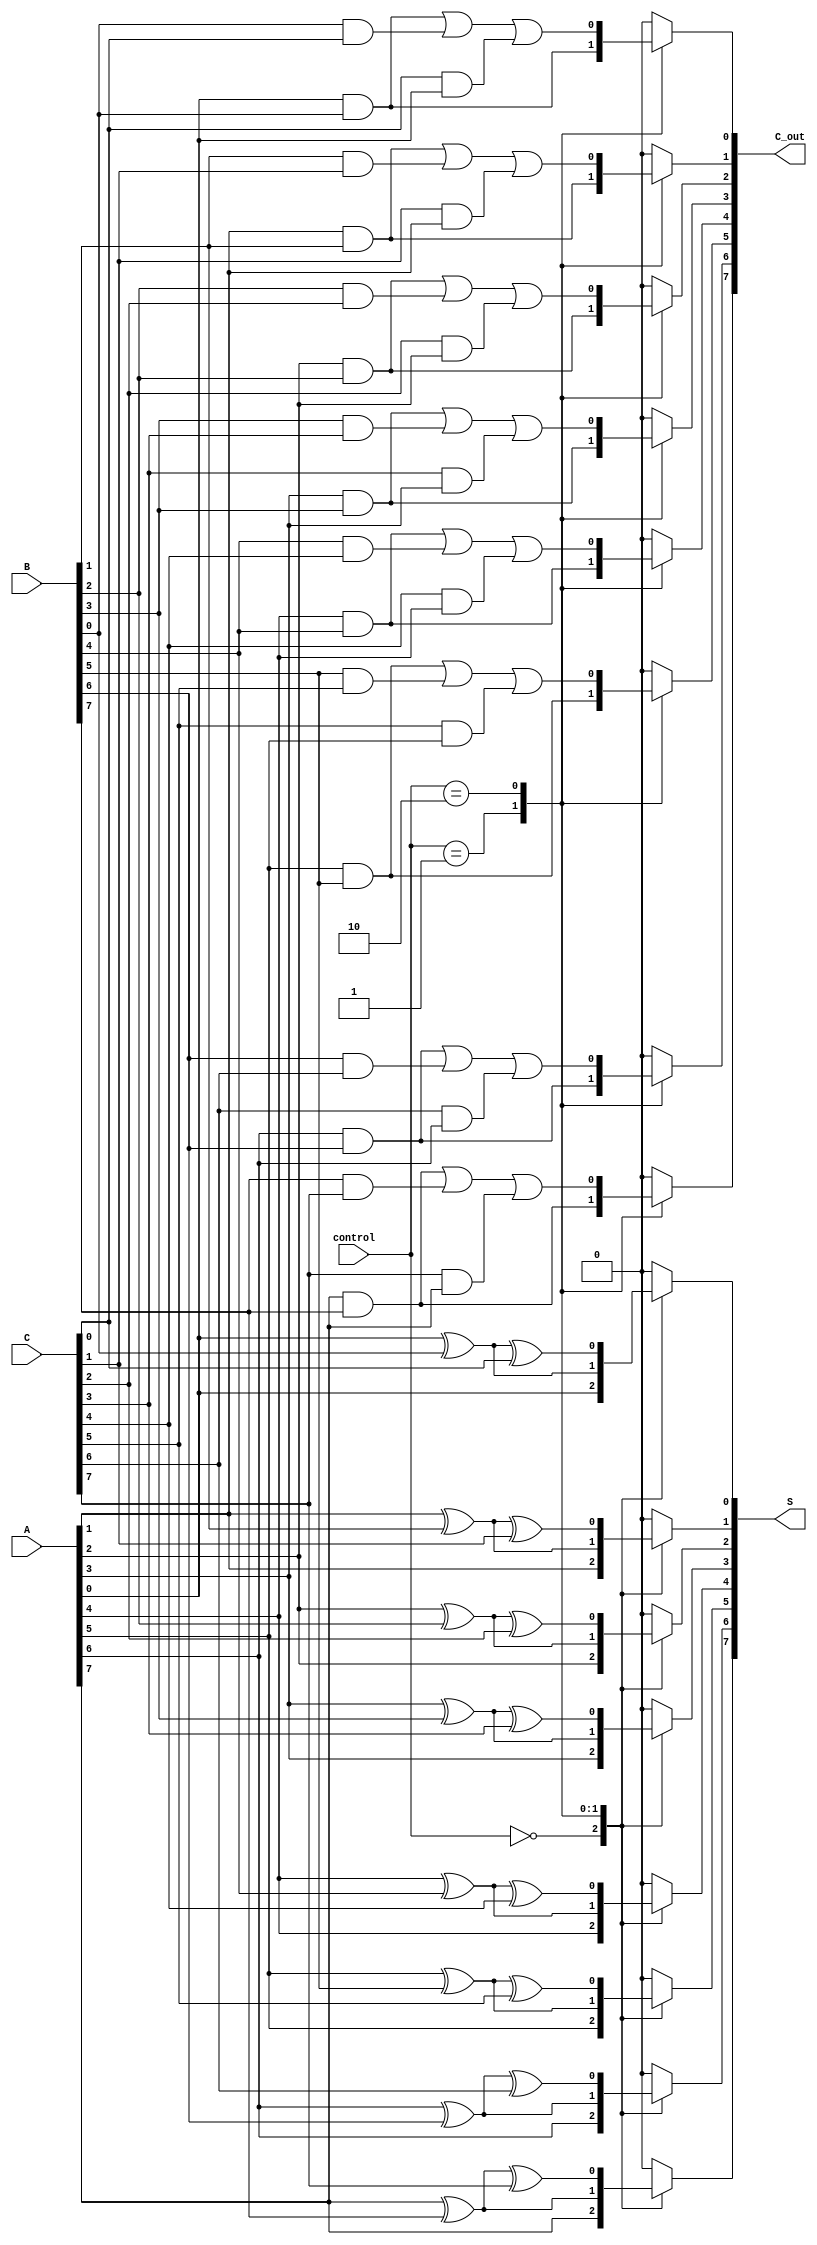
module CarrySaveAdder #(
    parameter N = 8 // Bit-width of the operands
)(
    input [N-1:0] A, // First operand
    input [N-1:0] B, // Second operand
    input [N-1:0] C, // Third operand
    input [1:0] control, // Control signal to indicate number of operands (00: 1, 01: 2, 10: 3)
    output reg [N-1:0] S, // Sum output
    output reg [N-1:0] C_out // Carry output
);

    reg [N-1:0] sum_temp; // Temporary sum
    reg [N-1:0] carry_temp; // Temporary carry

    integer i;

    always @(*) begin
        // Initialize outputs
        sum_temp = 0;
        carry_temp = 0;

        // Perform Carry Save Addition based on control signal
        for (i = 0; i < N; i = i + 1) begin
            case (control)
                2'b00: begin // Only A
                    sum_temp[i] = A[i];
                    carry_temp[i] = 0;
                end
                2'b01: begin // A + B
                    sum_temp[i] = A[i] ^ B[i]; // Sum
                    carry_temp[i] = A[i] & B[i]; // Carry
                end
                2'b10: begin // A + B + C
                    sum_temp[i] = A[i] ^ B[i] ^ C[i]; // Sum
                    carry_temp[i] = (A[i] & B[i]) | (B[i] & C[i]) | (C[i] & A[i]); // Carry
                end
                default: begin
                    sum_temp[i] = 0;
                    carry_temp[i] = 0;
                end
            endcase
        end

        // Assign the intermediate sum and carry to outputs
        S = sum_temp;
        C_out = carry_temp;
    end

endmodule